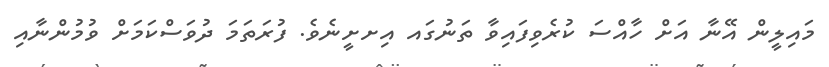
މައިލީން އޭނާ އަށް ހާއްސަ ކުރެވިފައިވާ ތަނުގައ އިށށީނެވެ. ފުރަތަމަ ދުވަސްކަމަށް ވުމުންނާއި